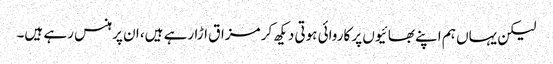
لیکن یہاں ہم اپنے بھائیوں پر کاروائی ہوتی دیکھ کر مزاق اڑا رہے ہیں، ان پر ہنس رہے ہیں۔